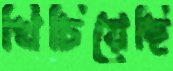
খিচিয়েছি